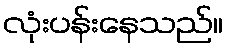
လုံးပန်းနေသည်။